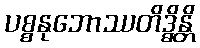
ပစ္စနုဘောဿတိဒ္ဓိန္တိ